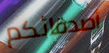
أصدقائكم